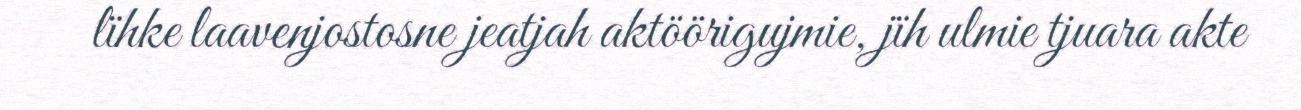
lïhke laavenjostosne jeatjah aktöörigujmie, jïh ulmie tjuara akte